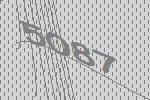
5087